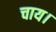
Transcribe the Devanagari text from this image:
चाय।